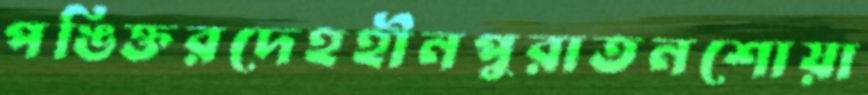
পঙিক্তরদেহহীনপুরাতনশোয়া